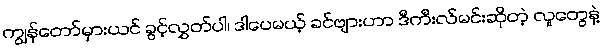
ကျွန်တော်မှားယင် ခွင့်လွှတ်ပါ၊ ဒါပေမယ့် ခင်ဗျားဟာ ဒီကီးလ်မင်းဆိုတဲ့ လူတွေနဲ့